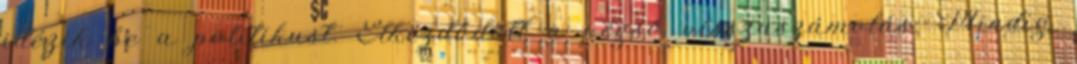
idézik be a politikust. Elkezdődött a végső visszaszámolás. Mindig